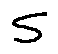
s